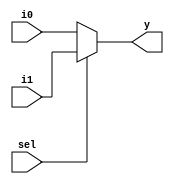
module mux2to1_10b (i0, i1, sel, y);
  input [9:0] i0, i1;
  input sel;
  output [9:0] y;
  
  assign y = (sel==1'b1) ? i1 : i0;
  
endmodule